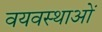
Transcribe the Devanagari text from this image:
वयवस्थाओं